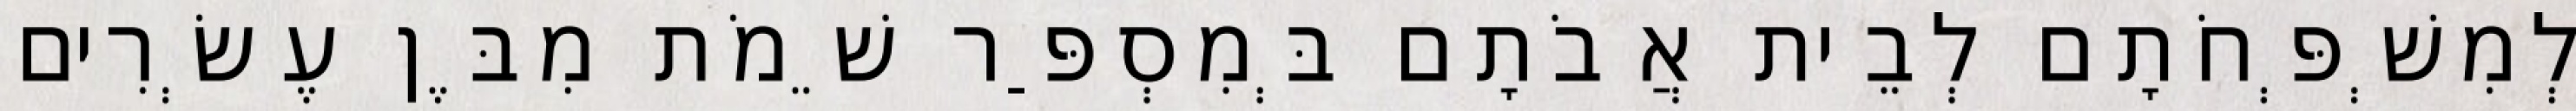
לְמִשְׁפְּחֹתָם לְבֵית אֲבֹתָם בְּמִסְפַּר שֵׁמֹת מִבֶּן עֶשְׂרִים